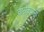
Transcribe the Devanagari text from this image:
चारोळ्यानी